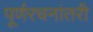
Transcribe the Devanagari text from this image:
पूर्णरचनांतरी